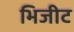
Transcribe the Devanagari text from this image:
भिजीट